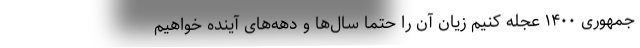
جمهوری ۱۴۰۰ عجله کنیم زیان آن را حتماً سال‌ها و دهه‌های آینده خواهیم